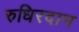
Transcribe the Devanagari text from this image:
रुधिरदान